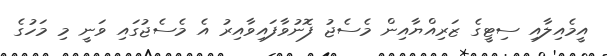
އީމެއިލާއި ސިޓީގެ ޒަރިއްޔާއިން މެސެޖު ފޮނުވާފައިވާއިރު އެ މެސެޖުގައި ވަނީ މި މަހުގެ